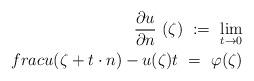
LaTeX: \begin{align*}\frac{\partial u}{\partial n}\ (\zeta)\ :=\ \lim_{t\to 0}\\frac{u(\zeta+t\cdot n)-u(\zeta)}{t}\ =\ \varphi(\zeta)\end{align*}